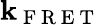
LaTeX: \mathbf{k}_{\mathrm{{~F~R~E~T~}}}